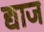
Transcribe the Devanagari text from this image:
द्याज